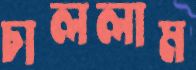
চাললাম